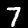
Label: 7